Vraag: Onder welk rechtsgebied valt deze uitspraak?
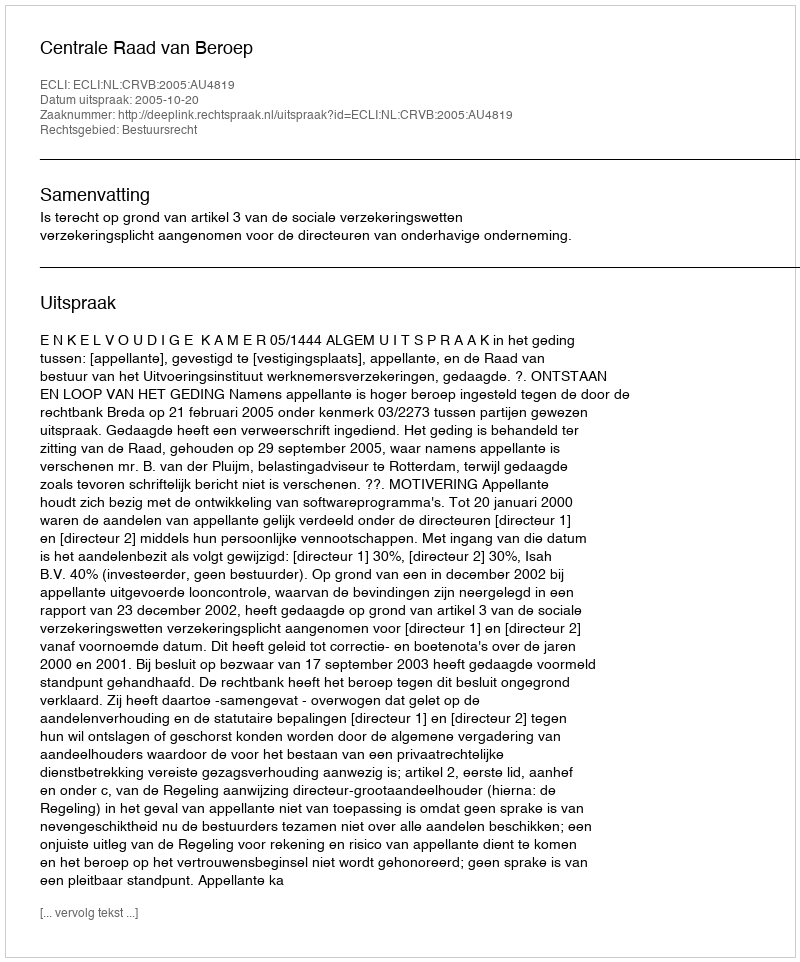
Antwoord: Bestuursrecht